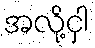
အလို့ငှါ